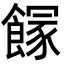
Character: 𩝬